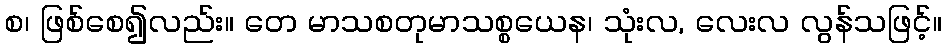
စ၊ ဖြစ်စေ၍လည်း။ တေ မာသစတုမာသစ္စယေန၊ သုံးလ, လေးလ လွန်သဖြင့်။